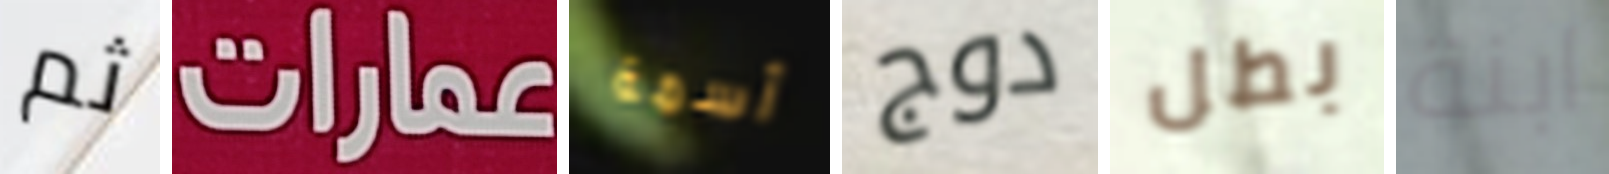
ثم عمارات أسمة دوج بطل ابنة